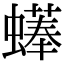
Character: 𧑑